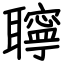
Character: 聹